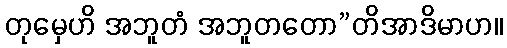
တုမှေဟိ အဘူတံ အဘူတတော”တိအာဒိမာဟ။